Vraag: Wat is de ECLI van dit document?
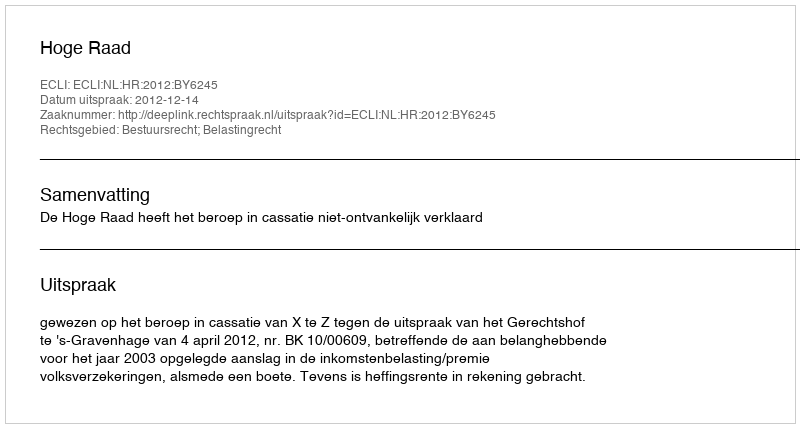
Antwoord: ECLI:NL:HR:2012:BY6245